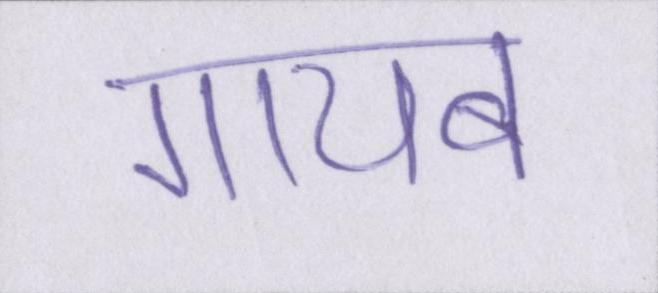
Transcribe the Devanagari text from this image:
गायब